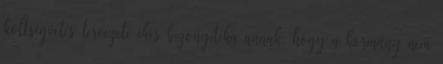
költségvetés tervezete ékes bizonyítéka annak, hogy a kormány nem